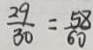
\frac { 2 9 } { 3 0 } = \frac { 5 8 } { 6 0 }